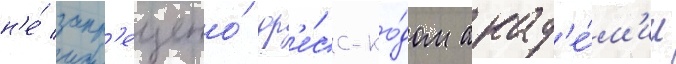
н'е́ запр'ещено́ др'е́сс-ко́дом акад'е́м'ии